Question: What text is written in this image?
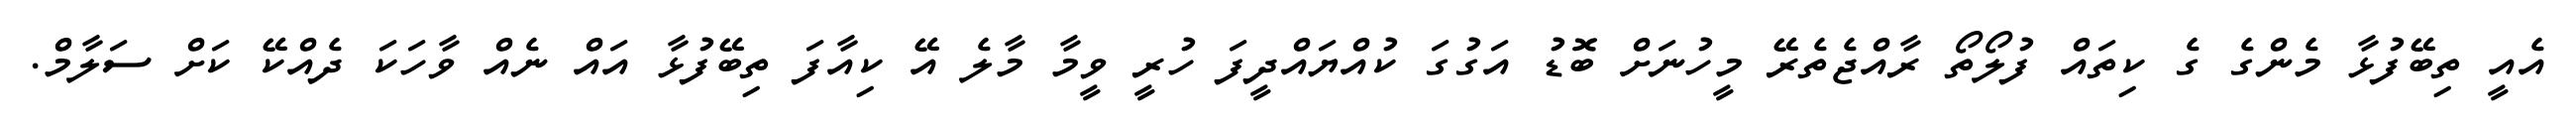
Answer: އެއީ ތިބޭފުޅާ މެންގެ ގެ ކިތައް ފުލޯތޯ ރާއްޖެތެރޭ މީހުނަށް ބޮޑު އަގުގަ ކުއްޔައްދީފަ ހުރީ ވީމާ މާލެ އޭ ކިއާފަ ތިބޭފުޅާ އައް ނެއް ވާހަކަ ދެއްކޭ ކަށް ސަލާމް.